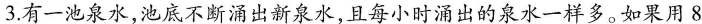
3.有一池泉水，池底不断涌出新泉水，且每小时涌出的泉水一样多。如果用8